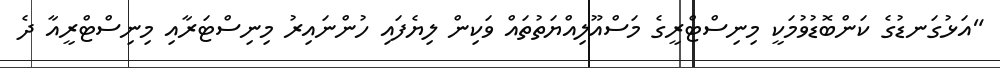
"އަޅުގަނޑުގެ ކަންބޮޑުވުމަކީ މިނިސްޓްރީގެ މަސްއޫލިއްޔަތުތައް ވަކިން ލިޔެފައި ހުންނައިރު މިނިސްޓަރާއި މިނިސްޓްރީއާ ދެ